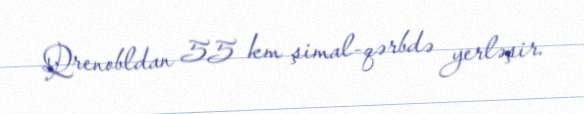
Qrenobldan 55 km şimal-qərbdə yerləşir.